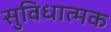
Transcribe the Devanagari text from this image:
सुविधात्मक